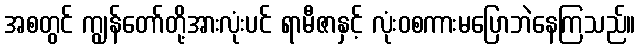
အစတွင် ကျွန်တော်တို့အားလုံးပင် ရာမီဇာနှင့် လုံးဝစကားမပြောဘဲနေကြသည်။